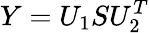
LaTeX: Y=U_{1}SU_{2}^{T}